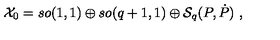
{ \cal X } _ { 0 } = s o ( 1 , 1 ) \oplus s o ( q + 1 , 1 ) \oplus { \cal S } _ { q } ( P , \dot { P } ) \ ,